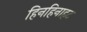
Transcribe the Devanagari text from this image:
हिनहिनाहट